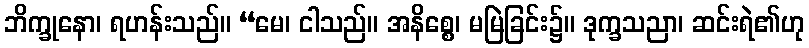
ဘိက္ခုနော၊ ရဟန်းသည်။ “မေ၊ ငါသည်။ အနိစ္စေ၊ မမြဲခြင်း၌။ ဒုက္ခသညာ၊ ဆင်းရဲ၏ဟု